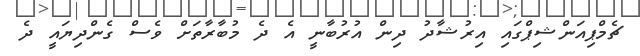
ޗެމްޕިއަންޝިޕްގައި އިރުޝާދު ދިން އުރުބާނީ އެ ދެ މުބާރާތަށް ވެސް ގެންދިޔައީ ދެ